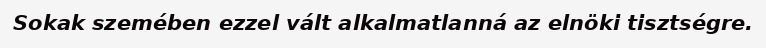
Sokak szemében ezzel vált alkalmatlanná az elnöki tisztségre.